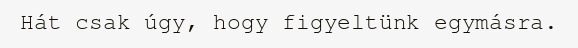
Hát csak úgy, hogy figyeltünk egymásra.